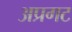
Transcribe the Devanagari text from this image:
अप्रगट